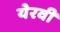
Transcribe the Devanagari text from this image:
येरवी